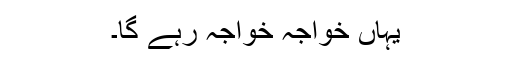
یہاں خواجہ خواجہ رہے گا۔